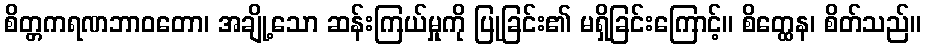
စိတ္တကရဏဘာဝတော၊ အချို့သော ဆန်းကြယ်မှုကို ပြုခြင်း၏ မရှိခြင်းကြောင့်။ စိတ္ထေန၊ စိတ်သည်။